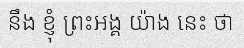
នឹង ខ្ញុំ ព្រះអង្គ យ៉ាង នេះ ថា